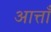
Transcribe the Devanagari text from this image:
आत्ताँ